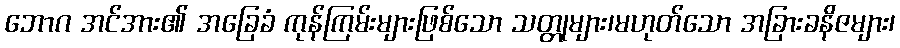
ဘောဂ အင်အား၏ အခြေခံ ကုန်ကြမ်းများဖြစ်သော သတ္တုများ၊မဟုတ်သော အခြားခနိဇများ၊